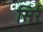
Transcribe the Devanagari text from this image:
सिर्र